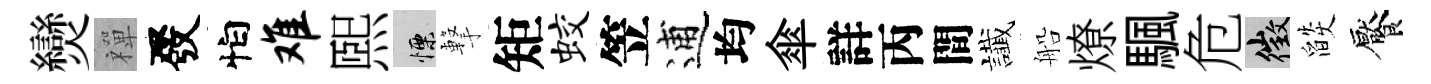
𤓖禪發怕难煕慄撃矩蛟笠逋均傘詳丙間䜟船燎颿危徵燄饜